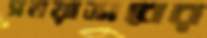
সময়াভাবের